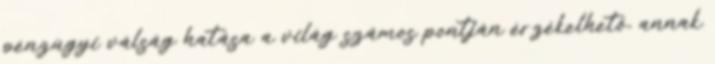
pénzügyi válság hatása a világ számos pontján érzékelhető, annak